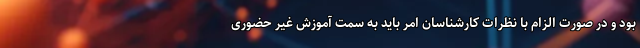
بود و در صورت الزام با نظرات کارشناسان امر باید به سمت آموزش غیر حضوری